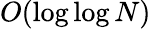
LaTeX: O(\log\log N)